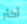
أكثر